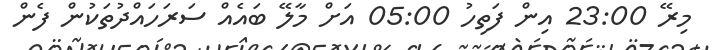
މިރޭ 23:00 އިން ފަތިހު 05:00 އަށް މާލޭ ބައެއް ސަރަހައްދުތަކުން ފެން